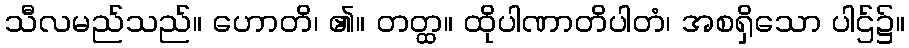
သီလမည်သည်။ ဟောတိ၊ ၏။ တတ္ထ။ ထိုပါဏာတိပါတံ၊ အစရှိသော ပါဌ်၌။